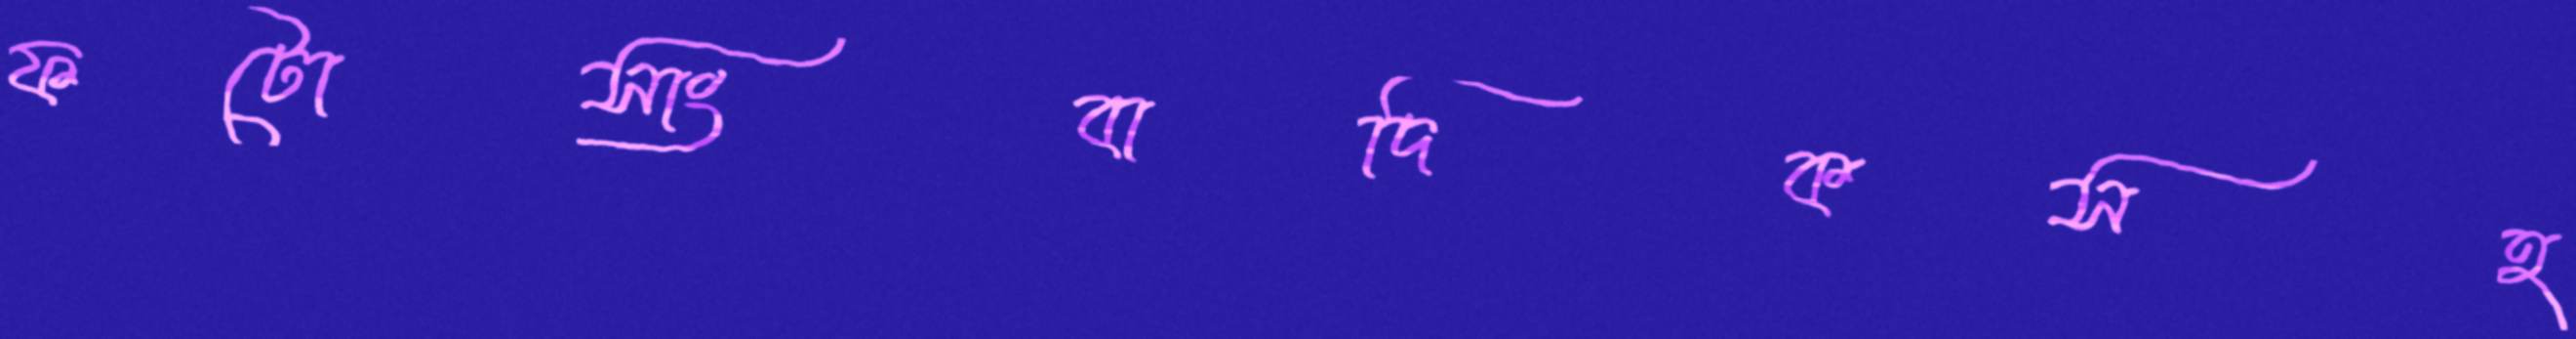
ফটোসাংবাদিকসহ